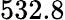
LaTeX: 532.8